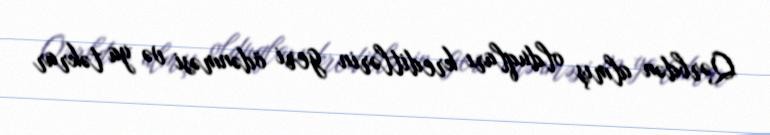
Qərbdən almış olduqları kreditlərin geri ödənməsi və ya təkrar